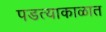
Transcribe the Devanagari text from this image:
पडत्याकाळात